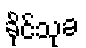
ခိုင်သုခ